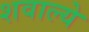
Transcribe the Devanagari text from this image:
शवाल्ये